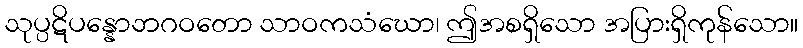
သုပ္ပဋိပန္နောဘဂဝတော သာဝကသံဃော၊ ဤအစရှိသော အပြားရှိကုန်သော။